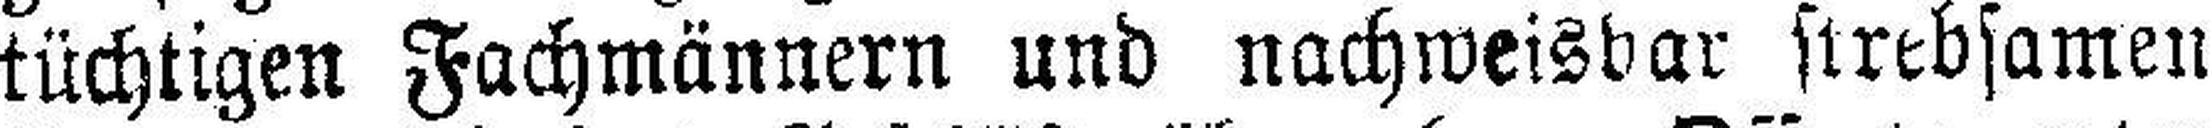
tüchtigen Fachmännern und nachweisbar strebsamen